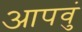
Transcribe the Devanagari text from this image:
आपवुं